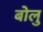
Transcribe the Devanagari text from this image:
बोलु